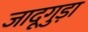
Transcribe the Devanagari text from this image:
जादूगुड़ा